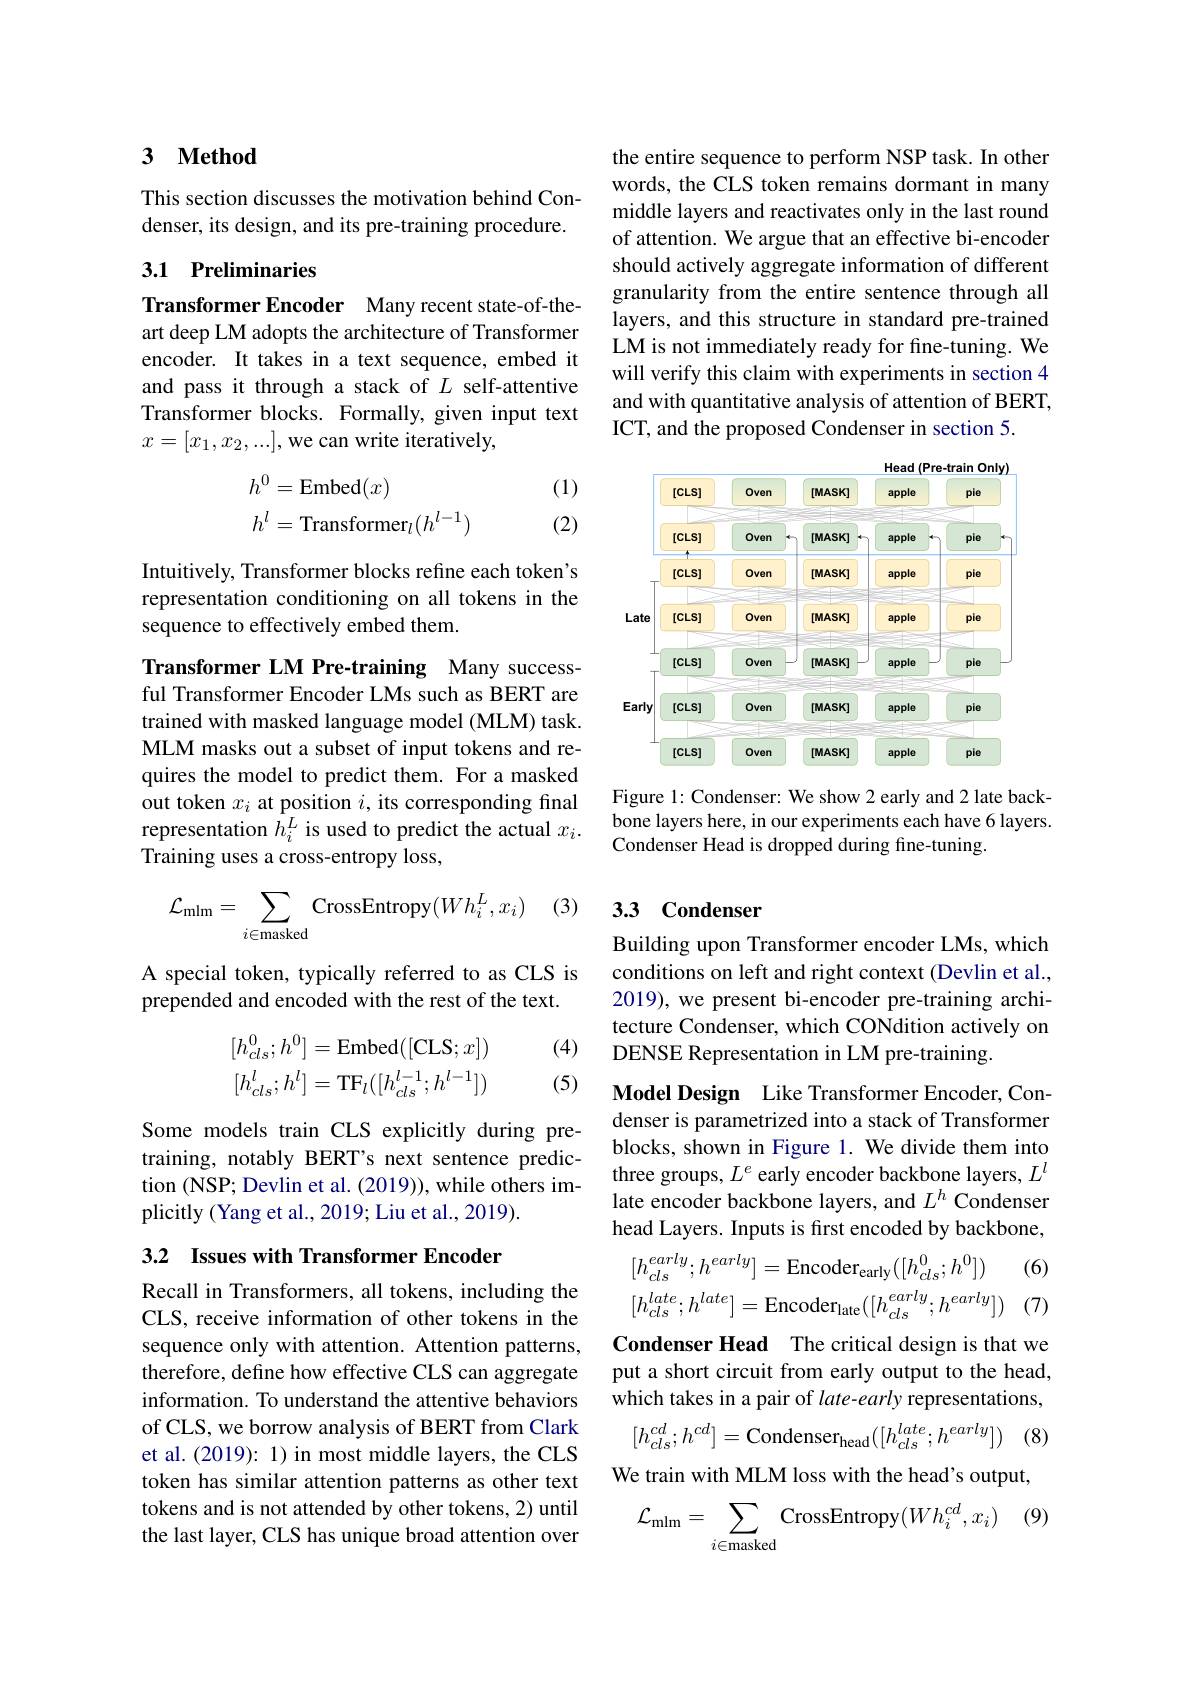
3 $\mathbf{Method}$

This section discusses the motivation behind Condenser, its design, and its pre-training procedure.

## 3.1 Preliminaries

Transformer Encoder Many recent state-of-theart deep LM adopts the architecture of Transformer encoder. It takes in a text sequence, embed it and pass it through a stack of $L$ self-attentive Transformer blocks. Formally, given input text $x=[x_1,x_2,...]$,we can write iteratively,

(1)
$$\begin{aligned}h^0&=\text{Embed}(x)\\h^l&=\text{Transformer}_l(h^{l-1})\end{aligned}$$
(2)

Intuitively, Transformer blocks refine each token's representation conditioning on all tokens in the sequence to effectively embed them.

Transformer LM Pre-training Many successful Transformer Encoder LMs such as BERT are trained with masked language model (MLM) task. MLM masks out a subset of input tokens and requires the model to predict them. For a masked out token $x_i$ at position $i$, its corresponding final representation $\hat{h}_i^L$ is used to predict the actual $x_i.$ Training uses a cross-entropy loss,

(3)
$$\mathcal{L}_{\mathrm{mlm}}=\sum_{i\in\mathrm{masked}}\text{CrossEntropy}(Wh_i^L,x_i)$$
A special token, typically referred to as CLS is
prepended and encoded with the rest of the text.

(4)
$$\begin{aligned}[h_{cls}^0;h^0]&=\mathrm{Embed}([\mathrm{CLS};x])\\[h_{cls}^l;h^l]&=\mathrm{TF}_l([h_{cls}^{l-1};h^{l-1}])\end{aligned}$$
(5)

Some models train CLS explicitly during pretraining, notably BERT's next sentence prediction (NSP; Devlin et al. (2019)), while others implicitly (Yang et al., 2019; Liu et al., 2019).

### 3.2 Issues with Transformer Encoder

Recall in Transformers, all tokens, including the CLS, receive information of other tokens in the sequence only with attention. Attention patterns, therefore, define how effective CLS can aggregate information. To understand the attentive behaviors of CLS, we borrow analysis of BERT from Clark et al. (2019): 1) in most middle layers, the CLS token has similar attention patterns as other text tokens and is not attended by other tokens, 2) until the last layer, CLS has unique broad attention over

the entire sequence to perform NSP task. In other words, the CLS token remains dormant in many middle layers and reactivates only in the last round of attention. We argue that an effective bi-encoder should actively aggregate information of different granularity from the entire sentence through all layers, and this structure in standard pre-trained LM is not immediately ready for fine-tuning. We will verify this claim with experiments in section 4 and with quantitative analysis of attention of BERT, ICT, and the proposed Condenser in section 5.

<FigureHere>

Figure 1: Condenser: We show 2 early and 2 late backbone layers here, in our experiments each have 6 layers. Condenser Head is dropped during fine-tuning.

# 3.3 Condenser

Building upon Transformer encoder LMs, which conditions on left and right context (Devlin et al., 2019), we present bi-encoder pre-training architecture Condenser, which CONdition actively on DENSE Representation in LM pre-training.

Model Design Like Transformer Encoder, Condenser is parametrized into a stack of Transformer blocks, shown in Figure 1. We divide them into three groups, $L^e$ early encoder backbone layers, $L^l$ late encoder backbone layers, and $L^h$ Condenser head Layers. Inputs is first encoded by backbone,

(6)
$$[h_{cls}^{early};h^{early}]=\mathrm{Encoder_{early}}([h_{cls}^{0};h^{0}])\\[h_{cls}^{late};h^{late}]=\mathrm{Encoder_{late}}([h_{cls}^{early};h^{early}])$$
(7)

Condenser Head The critical design is that we put a short circuit from early output to the head, which takes in a pair of late-early representations,
$$[h_{cls}^{cd};h^{cd}]=\text{Condenser}_{\text{head}}([h_{cls}^{late};h^{early}])$$
$(8^{\cdot}$

We train with MLM loss with the head's output,
$$\mathcal{L}_{\text{mlm}}=\sum_{i\in\text{masked}}\text{CrossEntropy}(Wh_i^{cd},x_i)$$